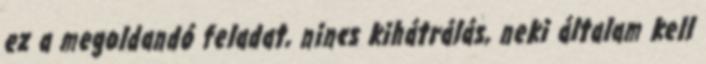
ez a megoldandó feladat, nincs kihátrálás, neki általam kell